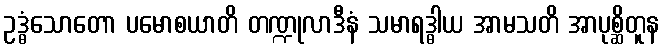
ဥဒ္ဓံသောတော ပမောစယာတိ တဏ္ဍုလာဒီနံ သမာရဒ္ဓါယ အာမသတိ အာပုစ္ဆိတူန